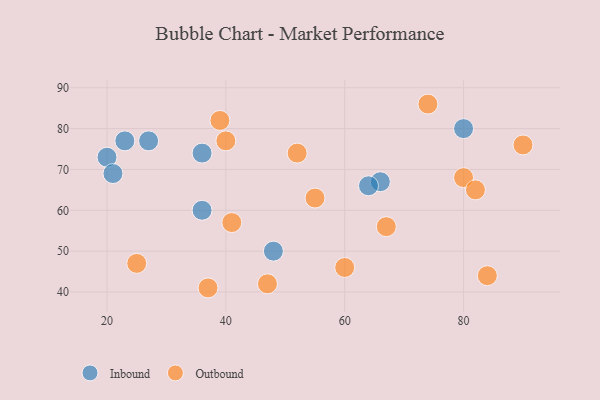
{"axis": {"x": "GDP", "y": "Life Expectancy"}, "legend": ["Inbound", "Outbound"], "data": [{"x": "36", "y": 60, "type": "Inbound"}, {"x": "20", "y": 73, "type": "Inbound"}, {"x": "36", "y": 74, "type": "Inbound"}, {"x": "21", "y": 69, "type": "Inbound"}, {"x": "66", "y": 67, "type": "Inbound"}, {"x": "64", "y": 66, "type": "Inbound"}, {"x": "80", "y": 80, "type": "Inbound"}, {"x": "27", "y": 77, "type": "Inbound"}, {"x": "23", "y": 77, "type": "Inbound"}, {"x": "48", "y": 50, "type": "Inbound"}, {"x": "47", "y": 42, "type": "Outbound"}, {"x": "67", "y": 56, "type": "Outbound"}, {"x": "37", "y": 41, "type": "Outbound"}, {"x": "60", "y": 46, "type": "Outbound"}, {"x": "40", "y": 77, "type": "Outbound"}, {"x": "90", "y": 76, "type": "Outbound"}, {"x": "41", "y": 57, "type": "Outbound"}, {"x": "74", "y": 86, "type": "Outbound"}, {"x": "25", "y": 47, "type": "Outbound"}, {"x": "84", "y": 44, "type": "Outbound"}, {"x": "52", "y": 74, "type": "Outbound"}, {"x": "80", "y": 68, "type": "Outbound"}, {"x": "39", "y": 82, "type": "Outbound"}, {"x": "82", "y": 65, "type": "Outbound"}, {"x": "55", "y": 63, "type": "Outbound"}]}